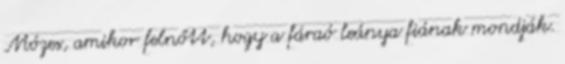
Mózes, amikor felnőtt, hogy a fáraó leánya fiának mondják.